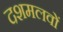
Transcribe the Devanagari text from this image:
दशमलवों